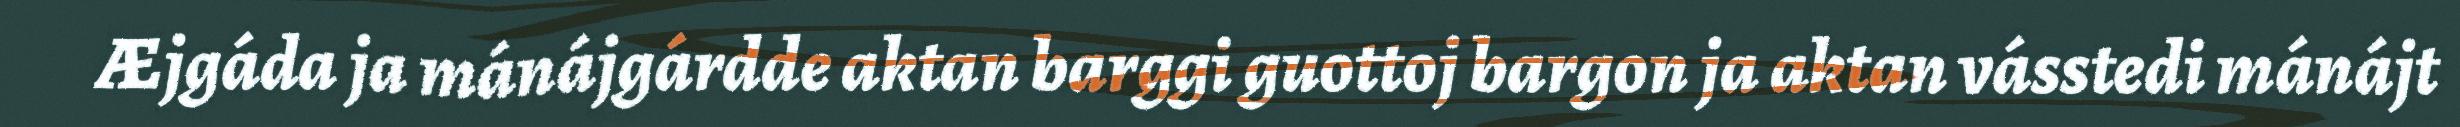
Æjgáda ja mánájgárdde aktan barggi guottoj bargon ja aktan vásstedi mánájt